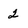
Character: 2